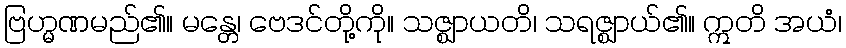
ဗြဟ္မဏမည်၏။ မန္တေ၊ ဗေဒင်တို့ကို။ သဇ္ဈာယတိ၊ သရဇ္ဈာယ်၏။ ဣတိ အယံ၊